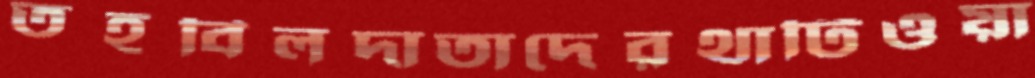
তহবিলদাতাদেরথার্টিওয়া